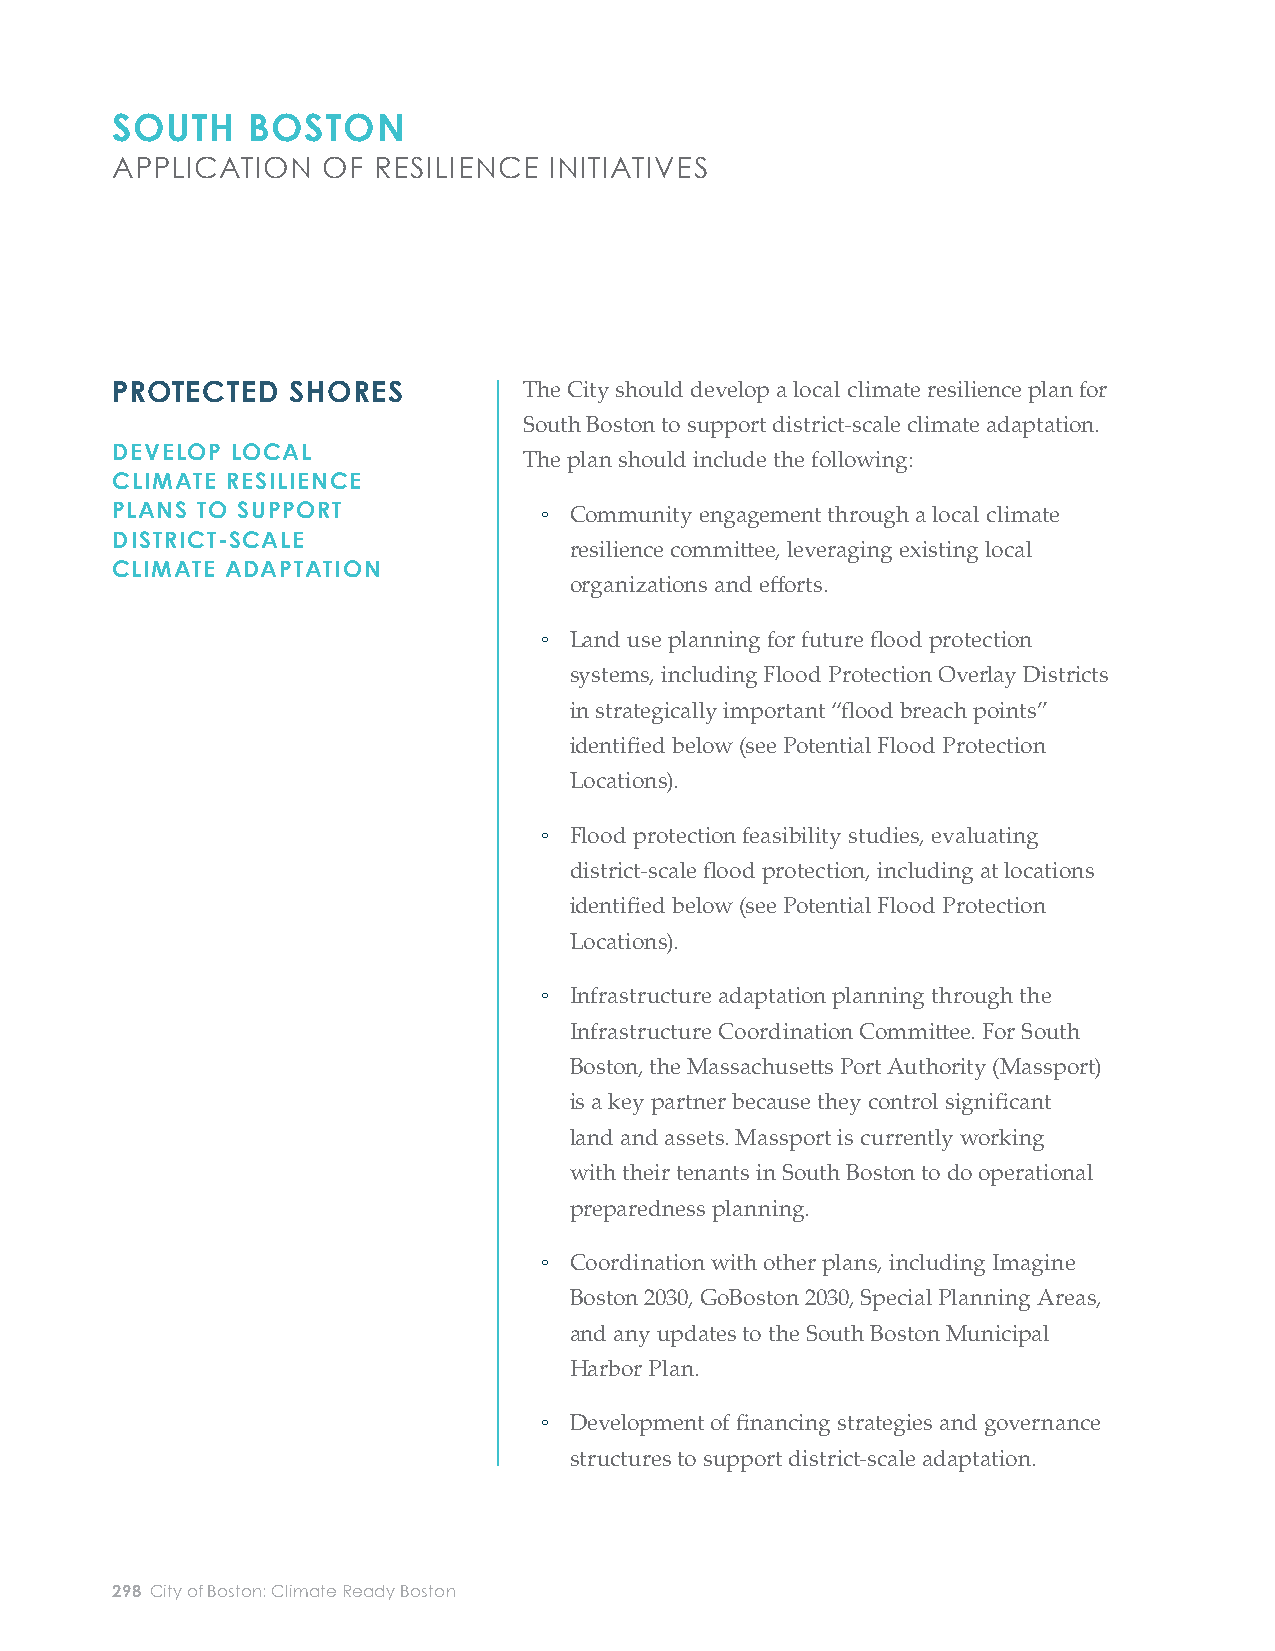
SOUTH    BOSTON
 APPLICATION   OF  RESILIENCE INITIATIVES
 PROTECTED   SHORES          The City should develop a local climate resilience plan for ESTABLISH FLOOD        The Boston Planning and Development Agency (BPDA)
 South Boston to support district-scale climate adaptation. PROTECTION OVERLAY      should petition the Boston Zoning Commission to create
 DEVELOP LOCAL                                                                       DISTRICTS AND REQUIRE
 The plan should include the following:                                             new Flood Protection Overlay Districts in areas that
 CLIMATE RESILIENCE                                                                  POTENTIAL INTEGRATION
 are strategically important for potential future fl ood
 PLANS TO SUPPORT             ◦ Community engagement through a local climate         WITH FLOOD PROTECTION
 protection infrastructure (see Potential Flood Protection
 DISTRICT-SCALE
 resilience committ ee, leveraging existing local
 CLIMATE ADAPTATION                                                                                             Locations below). Within a Flood Protection Overlay
 organizations and eff orts.
 District, a developer would be required to submit a study
 ◦ Land use planning for future fl ood protection                                  of how a proposed project could be integrated into a future
 systems, including Flood Protection Overlay Districts                           fl ood protection system; options may include raising and
 in strategically important “fl ood breach points”                               reinforcing the development site or providing room for a
 identifi ed below (see Potential Flood Protection                               future easement across the site.
 Locations).
 PRIORITIZE AND STUDY THE   To reduce the risk of coastal fl ooding at major inundation
 ◦ Flood protection feasibility studies, evaluating
 FEASIBILITY OF DISTRICT-   points, the City should study the feasibility of constructing
 district-scale fl ood protection, including at locations SCALE FLOOD PROTECTION
 district-scale fl ood protection at the primary fl ood entry
 identifi ed below (see Potential Flood Protection
 points in South Boston (see Potential Flood Protection
 Locations).
 Locations below for a preliminary identifi cation of
 locations and potential benefi ts).
 ◦ Infrastructure adaptation planning through the
 Infrastructure Coordination Committ ee. For South
 These feasibility studies should take place in the context
 Boston, the Massachusett s Port Authority (Massport)
 of local climate resilience plans, featuring engagement
 is a key partner because they control signifi cant
 with local community stakeholders, coordination with
 land and assets. Massport is currently working
 infrastructure adaptation, and considerations of how fl ood
 with their tenants in South Boston to do operational
 protection would impact or be impacted by neighborhood
 preparedness planning.
 character and growth. Examples of prioritization criteria
 include the timing of fl ood risk, consequences for
 ◦ Coordination with other plans, including Imagine
 people and economy, social equity, fi nancial feasibility,
 Boston 2030, GoBoston 2030, Special Planning Areas,
 and potential for additional benefi ts beyond fl ood risk
 and any updates to the South Boston Municipal
 reduction.
 Harbor Plan.
 ◦ Development of fi nancing strategies and governance
 structures to support district-scale adaptation.
 298 City of Boston: Climate Ready Boston